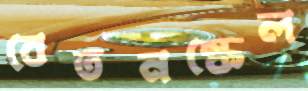
বেতনস্কেল